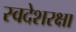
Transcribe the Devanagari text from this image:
स्वदेशरक्षा